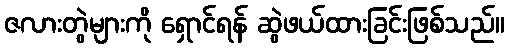
ဇလားတွဲများကို ရှောင်ရန် ဆွဲဖယ်ထားခြင်းဖြစ်သည်။